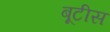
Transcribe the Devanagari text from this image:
बूटीस